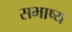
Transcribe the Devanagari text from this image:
सभाष्य